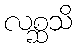
လစ္ဆသိ